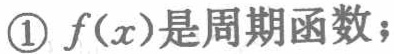
\textcircled{1} \(f(x)\)是周期函数；